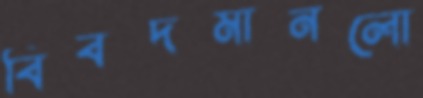
বিবদমানলো